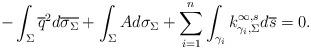
LaTeX: \begin{align*}-\int_{\Sigma}\overline{q}^2d\overline{\sigma_\Sigma}+\int_{\Sigma}Ad\sigma_\Sigma+\sum_{i=1}^n\int_{\gamma_i}k^{\infty,s}_{\gamma_i,\Sigma}d\overline{s}=0.\end{align*}